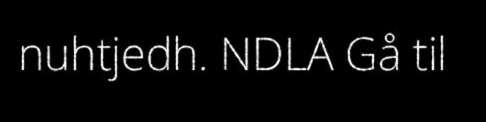
nuhtjedh. NDLA Gå til